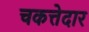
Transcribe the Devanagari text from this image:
चकत्तेदार